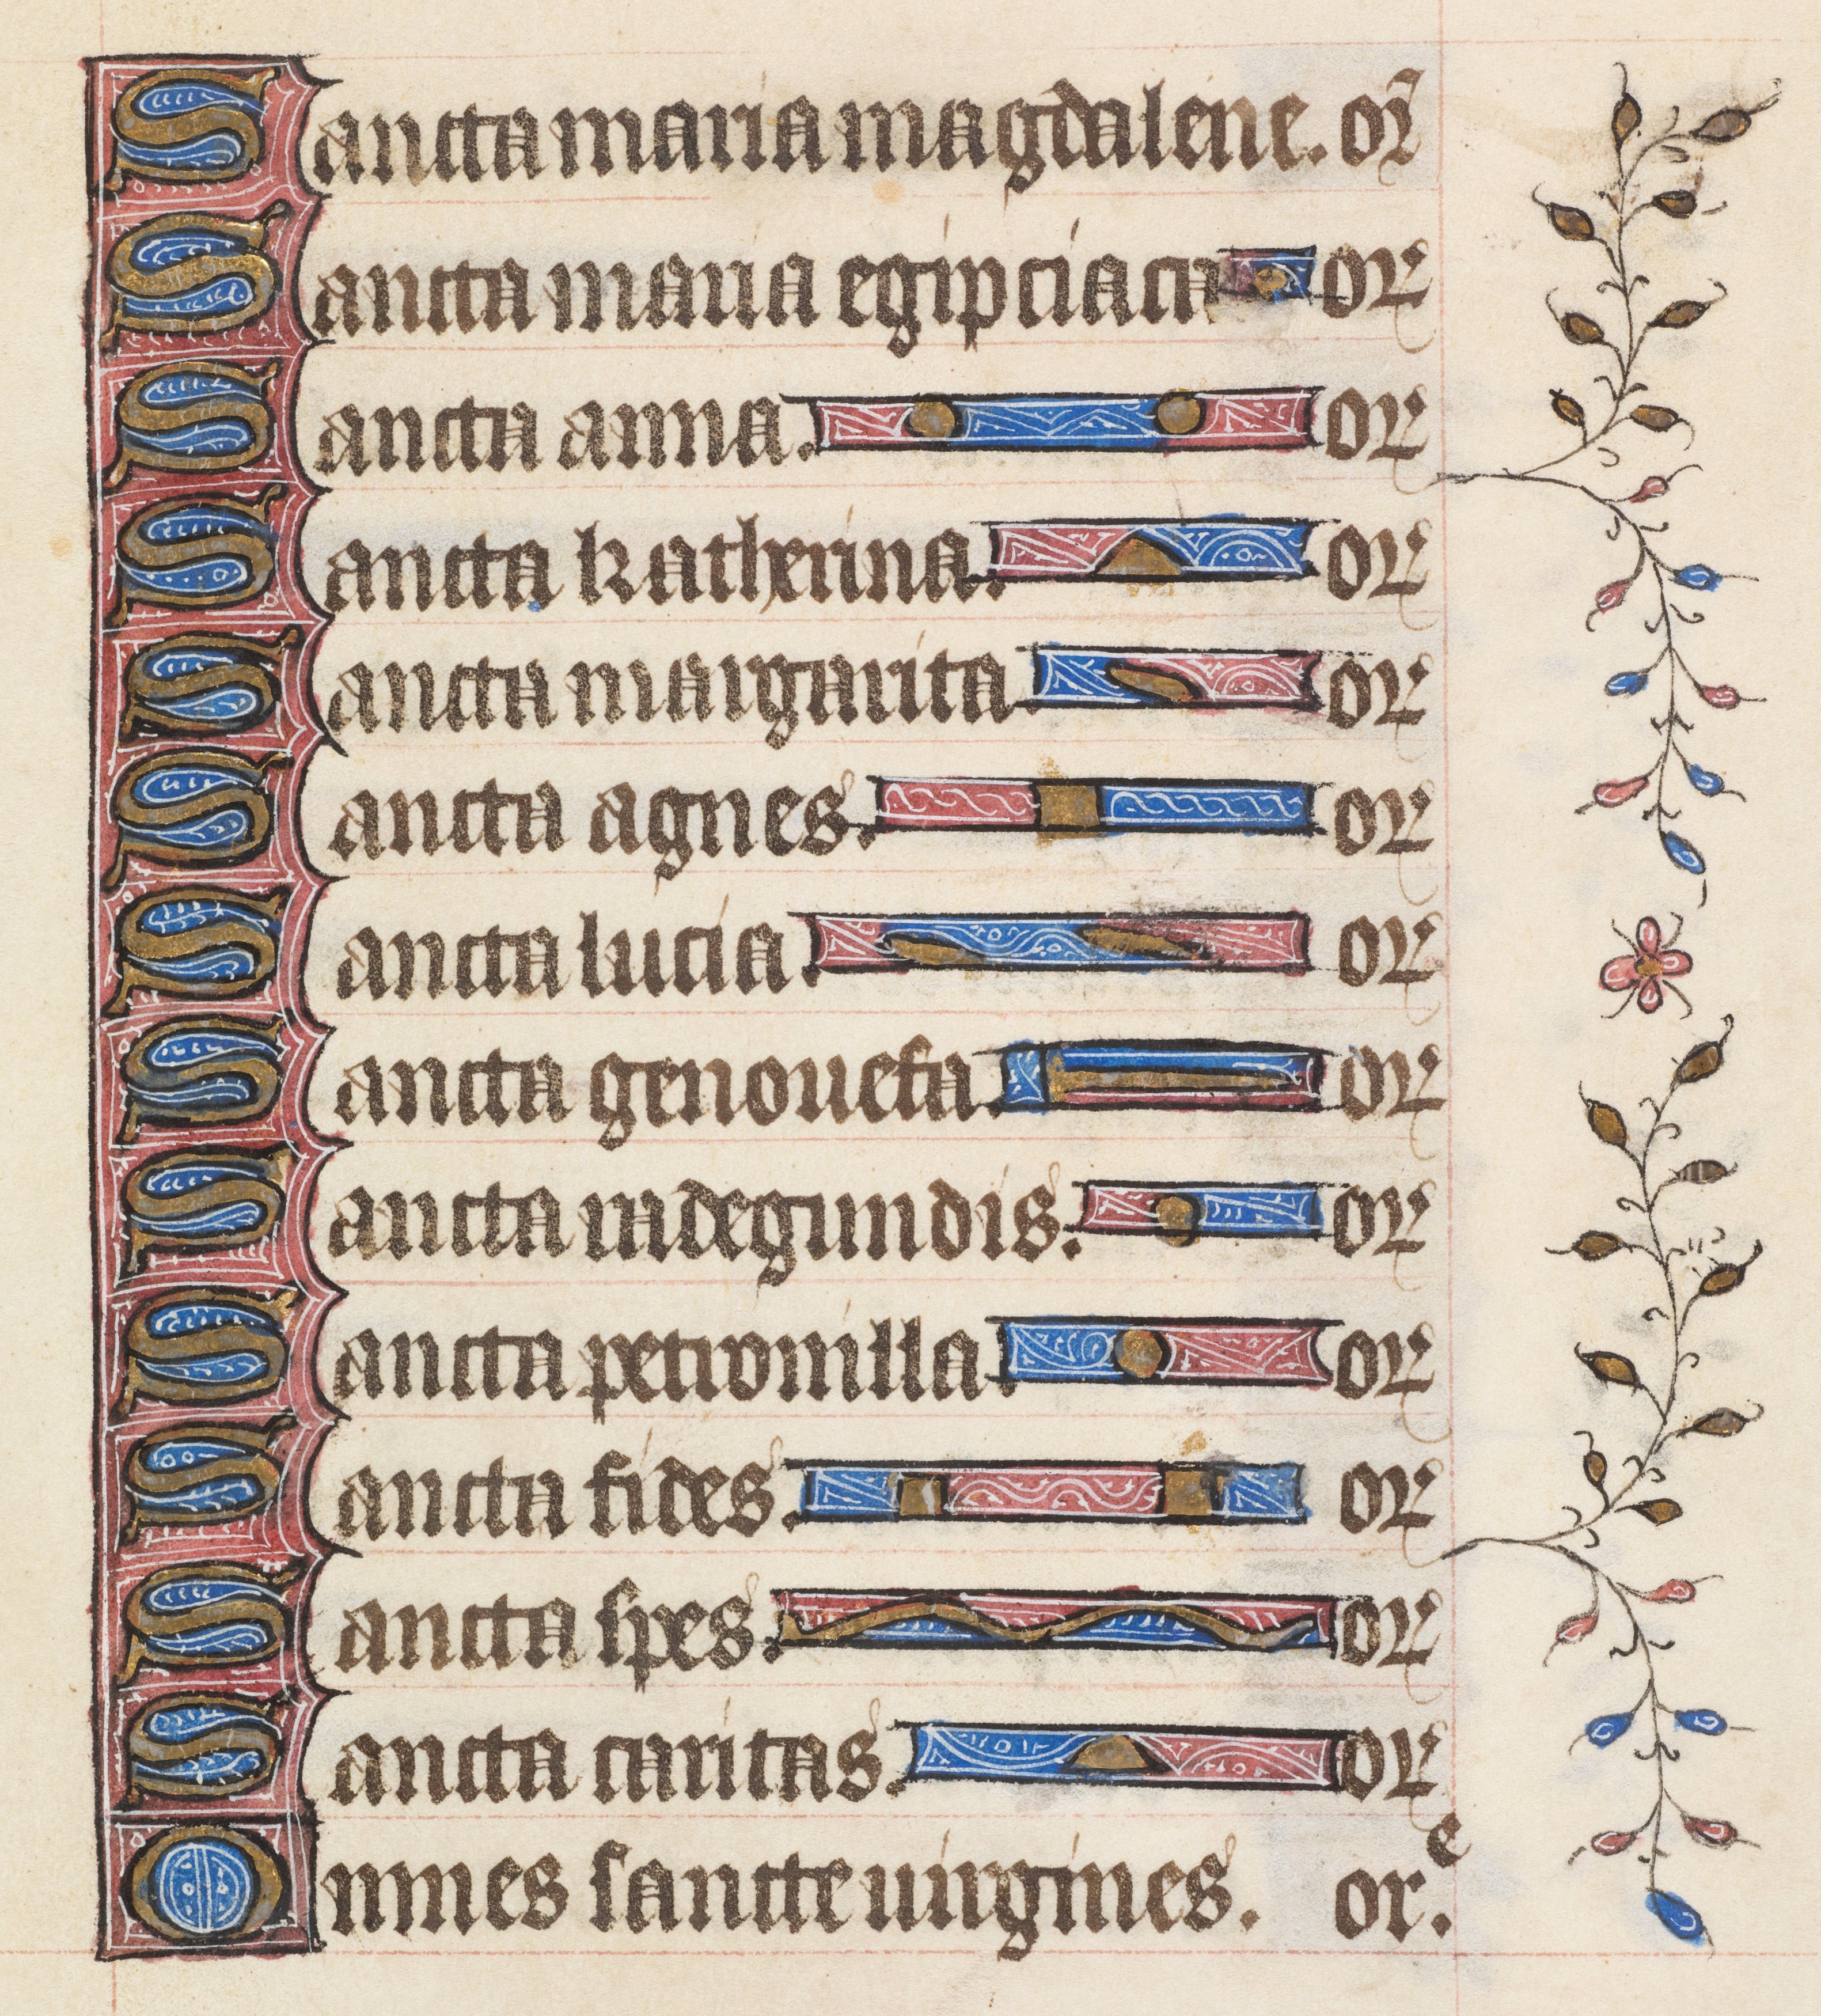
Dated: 1395–1425